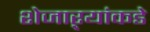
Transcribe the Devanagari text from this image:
शेजाऱ्यांकडे